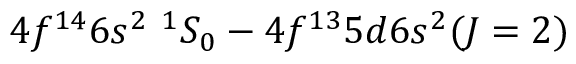
4 f ^ { 1 4 } 6 s ^ { 2 } ~ ^ { 1 } S _ { 0 } - 4 f ^ { 1 3 } 5 d 6 s ^ { 2 } ( J = 2 )